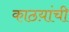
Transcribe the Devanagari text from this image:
काठय़ांची